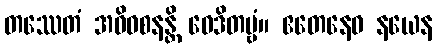
တဿေတံ အဓိဝစနန္တိ ဝေဒိတဗ္ဗံ။ ဧတေနေဝ နယေန